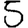
Digit: 5